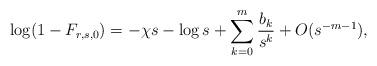
LaTeX: \begin{align*}\log(1- F_{r,s,0})=-\chi s-\log s+\sum_{k=0}^{m}\frac{b_k}{s^k}+O(s^{-m-1}),\end{align*}